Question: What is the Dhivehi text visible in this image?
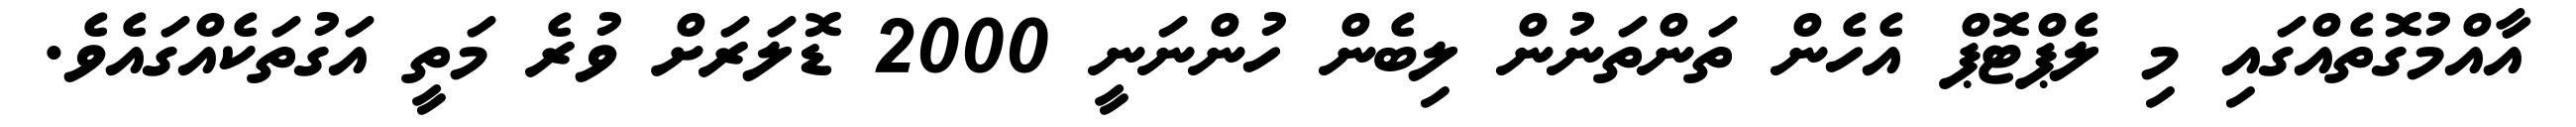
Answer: އާއްމުގޮތެއްގައި މި ލެޕްޓޮޕް އެހެން ތަންތަނުން ލިބެން ހުންނަނީ 2000 ޑޮލަރަށް ވުރެ މަތީ އަގުތަކެއްގައެވެ.